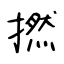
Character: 撚